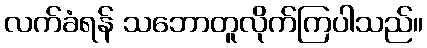
လက်ခံရန် သဘောတူလိုက်ကြပါသည်။